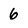
Character: 6